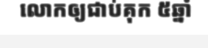
លោកឲ្យជាប់គុក ៥ឆ្នាំ